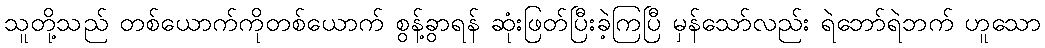
သူတို့သည် တစ်ယောက်ကိုတစ်ယောက် စွန့်ခွာရန် ဆုံးဖြတ်ပြီးခဲ့ကြပြီ မှန်သော်လည်း ရဲဘော်ရဲဘက် ဟူသော